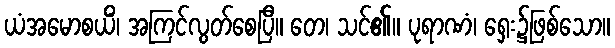
ယံအမောစယိံ၊ အကြင်လွတ်စေပြီ။ တေ၊ သင်၏။ ပုရာဏံ၊ ရှေး၌ဖြစ်သော။